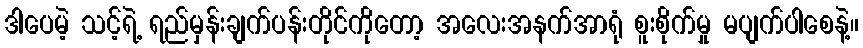
ဒါပေမဲ့ သင့်ရဲ့ ရည်မှန်းချက်ပန်းတိုင်ကိုတော့ အလေးအနက်အာရုံ စူးစိုက်မှု မပျက်ပါစေနဲ့။